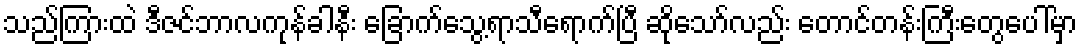
သည်ကြားထဲ ဒီဇင်ဘာလကုန်ခါနီး ခြောက်သွေ့ရာသီရောက်ပြီ ဆိုသော်လည်း တောင်တန်းကြီးတွေပေါ်မှာ